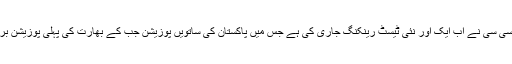
دبئی آئی سی سی نے اب ایک اور نئی ٹیسٹ رینکنگ جاری کی ہے جس میں پاکستان کی ساتویں پوزیشن جب کے بھارت کی پہلی پوزیشن برقرار ہے۔